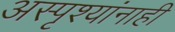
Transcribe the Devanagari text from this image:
अस्पृश्यांनाही